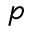
p